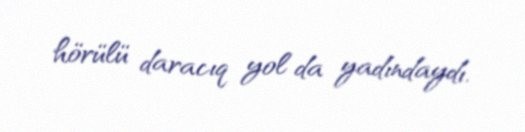
hörülü daracıq yol da yadındaydı.